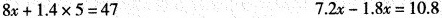
$$8 x + 1 . 4 \times 5 = 4 7$$ $$7 . 2 x - 1 . 8 x = 1 0 . 8$$